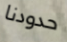
حدودنا